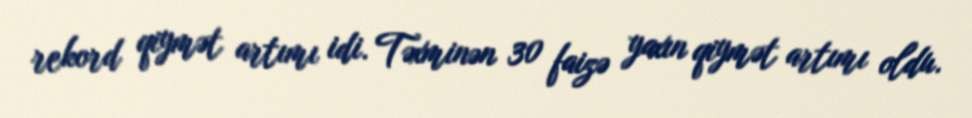
rekord qiymət artımı idi. Təxminən 30 faizə yaxın qiymət artımı oldu.